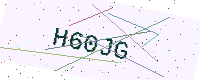
Text: H60JG